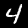
Label: 4